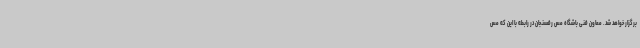
برگزار خواهد شد. معاون فنی باشگاه مس رفسنجان در رابطه با این که مس